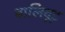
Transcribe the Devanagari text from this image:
बालिवूड